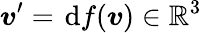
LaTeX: \boldsymbol{v}^{\prime}=\; \! \mathrm{d}f(\boldsymbol{v})\in\mathbb{R}^{3}